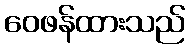
ဝေဖန်ထားသည်